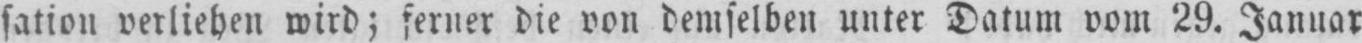
sation verliehen wird; ferner die von demselben unter Datum vom 29. Januar